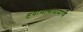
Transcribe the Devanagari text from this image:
हवामानाप्रमाणे